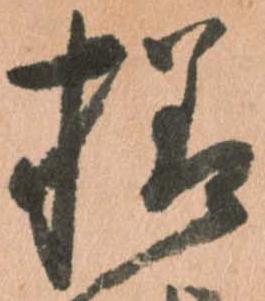
様